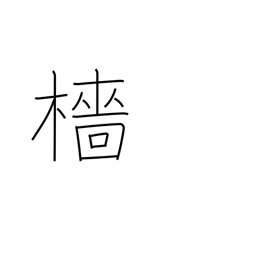
Meaning: mast